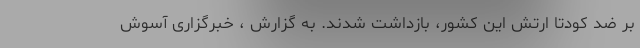
بر ضد کودتا ارتش این کشور، بازداشت شدند. به گزارش ، خبرگزاری آسوش